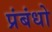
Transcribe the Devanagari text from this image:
प्रंबंधो